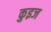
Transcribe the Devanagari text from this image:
कुइज